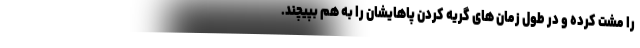
را مشت کرده و در طول زمان های گریه کردن پاهایشان را به هم بپیچند.